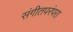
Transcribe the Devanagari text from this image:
संगीतपरंपरा